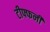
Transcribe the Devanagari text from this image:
टीफ्फनी